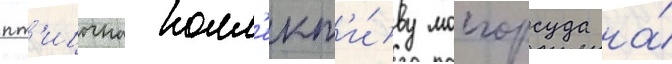
пт'ицына колл'ект'и́ву мосгорсуда на́